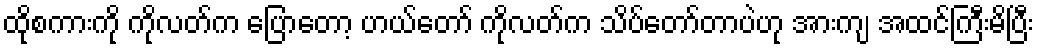
ထိုစကားကို ကိုလတ်က ပြောတော့ ဟယ်တော် ကိုလတ်က သိပ်တော်တာပဲဟု အားကျ အထင်ကြီးမိပြီး